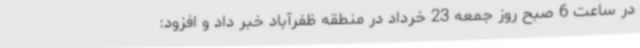
در ساعت 6 صبح روز جمعه 23 خرداد در منطقه ظفرآباد خبر داد و افزود: